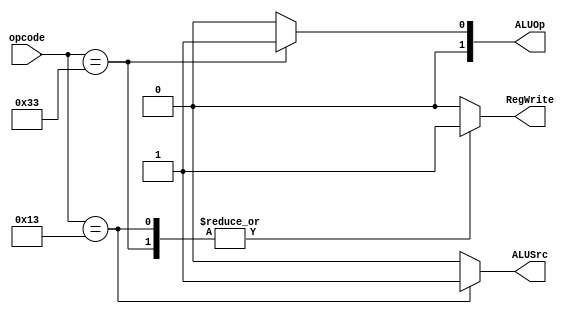
module Control(
    input [6:0] opcode, 
    output reg [1:0] ALUOp, 
    output reg ALUSrc,
    output reg RegWrite);

    always @(*) begin
        case (opcode)
            7'b0010011: begin // I-type
                ALUOp = 2'b00;
                ALUSrc = 1'b1; // read imm
                RegWrite = 1'b1;
            end
            7'b0110011: begin // R-type
                ALUOp = 2'b01;
                ALUSrc = 1'b0; // read rs2
                RegWrite = 1'b1;
            end
            default: begin
                ALUOp = 2'b00;
                ALUSrc = 1'b0;
                RegWrite = 1'b0;
            end
        endcase
        
    end

endmodule